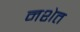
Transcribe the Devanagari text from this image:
नशेत